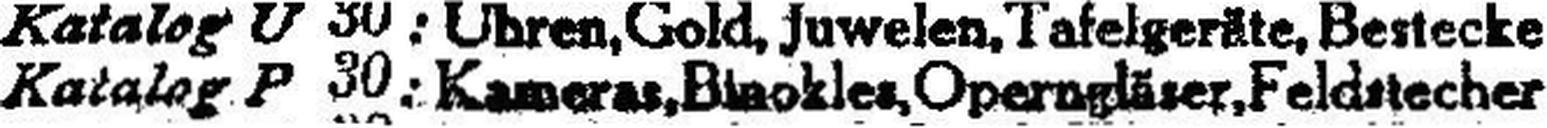
Katalog P 30: Kameras, Bl###kles, Operngläser, Feldstecher